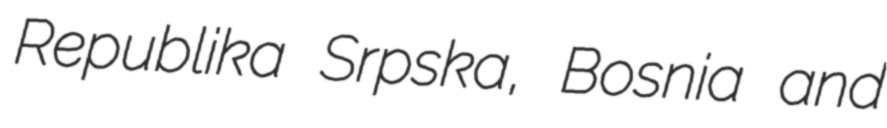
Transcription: Republika Srpska, Bosnia and